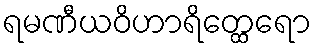
ရမဏီယဝိဟာရိတ္ထေရော